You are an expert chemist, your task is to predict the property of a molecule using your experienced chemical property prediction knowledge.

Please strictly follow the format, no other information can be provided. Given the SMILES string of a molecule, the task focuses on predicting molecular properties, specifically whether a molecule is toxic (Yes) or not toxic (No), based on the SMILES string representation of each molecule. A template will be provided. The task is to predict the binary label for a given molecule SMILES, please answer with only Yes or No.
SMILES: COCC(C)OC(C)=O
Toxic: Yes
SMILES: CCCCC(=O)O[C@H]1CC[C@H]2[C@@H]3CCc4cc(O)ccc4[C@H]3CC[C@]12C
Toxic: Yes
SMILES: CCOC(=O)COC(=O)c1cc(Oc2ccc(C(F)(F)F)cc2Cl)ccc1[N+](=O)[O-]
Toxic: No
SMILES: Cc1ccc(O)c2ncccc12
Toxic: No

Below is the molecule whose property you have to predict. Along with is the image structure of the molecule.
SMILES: CN(Cc1ccc(C(C)(C)C)cc1)Cc1cccc2ccccc12
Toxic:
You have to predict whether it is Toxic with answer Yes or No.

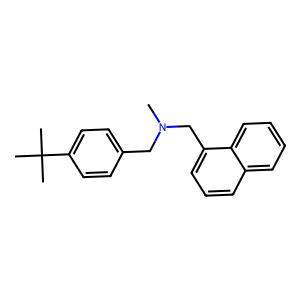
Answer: No